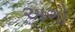
અગો